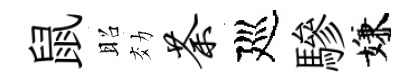
鼠昭効荼廵驂嫌